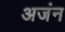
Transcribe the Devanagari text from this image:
अजंन